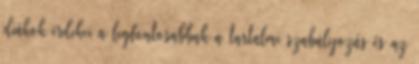
diákok érdekei a legfontosabbak a tartalmi szabályozás és az